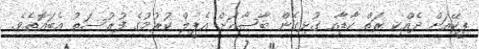
ޕީކޭއަށް ދެއްކި ރަތް ކާޑާއި ގުޅިގެން ބާސާއަށް އެޕީލް ކުރުމުގެ ފުރުސަތު އެބައޮތެވެ.